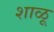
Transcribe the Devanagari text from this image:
शाळू